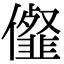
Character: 㒠